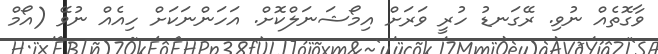
ވާގޮތެއް ނުވި. ރޭގަނޑު ހުރީ ވަރަށް އިމޯޝަނަލްކޮށް. އަހަންނަކަށް ހިއެއް ނުވޭ (އޯމް